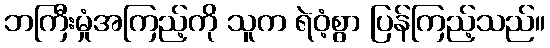
ဘကြီးမှုံအကြည့်ကို သူက ရဲဝံ့စွာ ပြန်ကြည့်သည်။